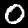
Digit: 0